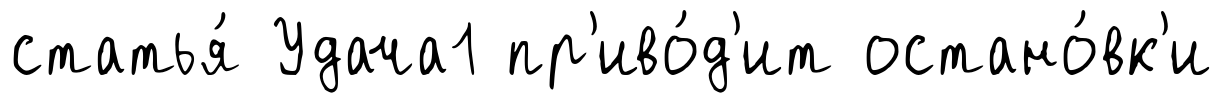
статья́ Удача1 пр'иво́д'ит остано́вк'и